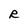
Character: R